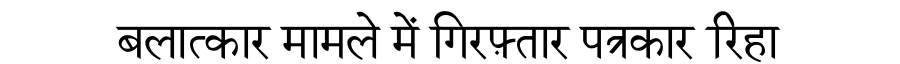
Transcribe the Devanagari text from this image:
बलात्कार मामले में गिरफ़्तार पत्रकार रिहा